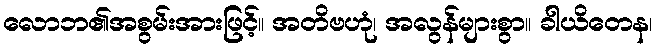
လောဘ၏အစွမ်းအားဖြင့်။ အတိဗဟုံ၊ အလွန်များစွာ။ ခါယိတေန၊